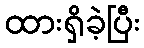
ထားရှိခဲ့ပြီး